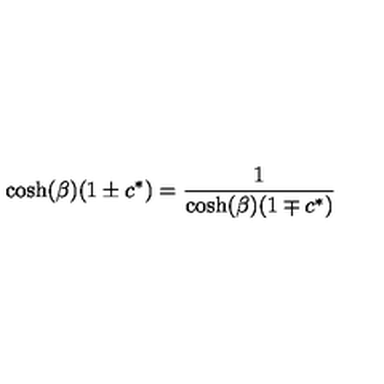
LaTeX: \cosh ( \beta ) ( 1 \pm c ^ { * } ) = { \frac { 1 } { \cosh ( \beta ) ( 1 \mp c ^ { * } ) } }